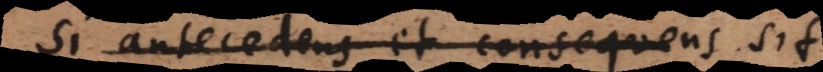
Si antecedens et consequens sit